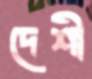
দেশী